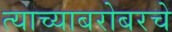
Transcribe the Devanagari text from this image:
त्याच्याबरोबरचे